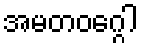
အမတဝဂ္ဂေါ